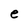
Character: e